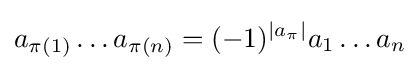
a_{\pi (1)}\ldots a_{\pi (n)}=(-1)^{\left|a_{\pi }\right|}a_{1}\ldots a_{n}